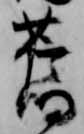
旧